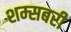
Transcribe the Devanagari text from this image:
शम्सबरी